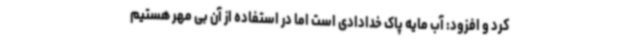
کرد و افزود: آب مایه پاک خدادادی است اما در استفاده از آن بی مهر هستیم